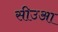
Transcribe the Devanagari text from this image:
सीउआ